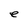
Character: e